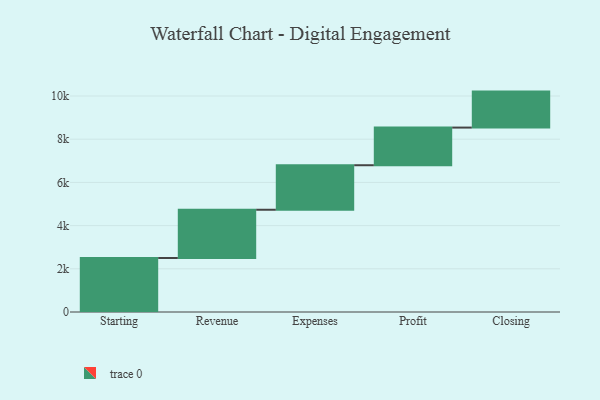
{"axis": {"x": "Step", "y": "Value"}, "legend": [""], "data": [{"x": "Starting", "y": 2501.0, "type": ""}, {"x": "Revenue", "y": 2233.0, "type": ""}, {"x": "Expenses", "y": 2061.0, "type": ""}, {"x": "Profit", "y": 1743.0, "type": ""}, {"x": "Closing", "y": 1666.0, "type": ""}]}